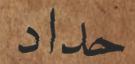
حداد